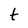
Character: t